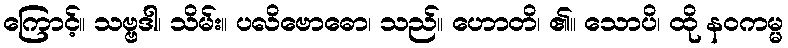
ကြောင့်။ သဗ္ဗဒါ၊ သိမ်း။ ပလိဗောဓော၊ သည်။ ဟောတိ၊ ၏။ သောပိ၊ ထို နဝကမ္မ